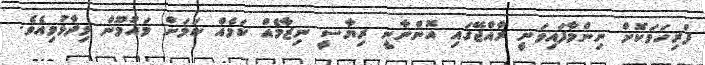
ފުރިހަމަކޮށް ނިންމާފައިވަނީ ރާއްޖޭގައި އޮންނާނީ ރިޔާސީ ނިޒާމެއް ކަމެއް ކަމަށް މައުމޫން ވިދާޅުވިއެވެ.